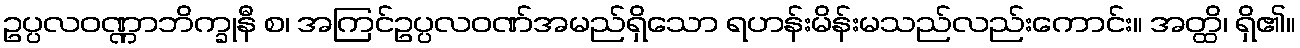
ဥပ္ပလဝဏ္ဏာဘိက္ခုနီ စ၊ အကြင်ဥပ္ပလဝဏ်အမည်ရှိသော ရဟန်းမိန်းမသည်လည်းကောင်း။ အတ္ထိ၊ ရှိ၏။